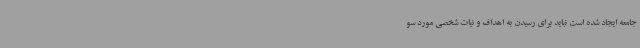
جامعه ایجاد شده است نباید برای رسیدن به اهداف و نیات شخصی مورد سو